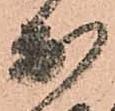
出